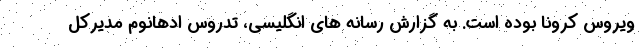
ویروس کرونا بوده است. به گزارش رسانه های انگلیسی، تدروس ادهانوم مدیرکل